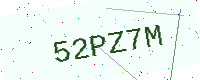
Text: 52PZ7M